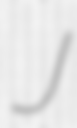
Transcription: J